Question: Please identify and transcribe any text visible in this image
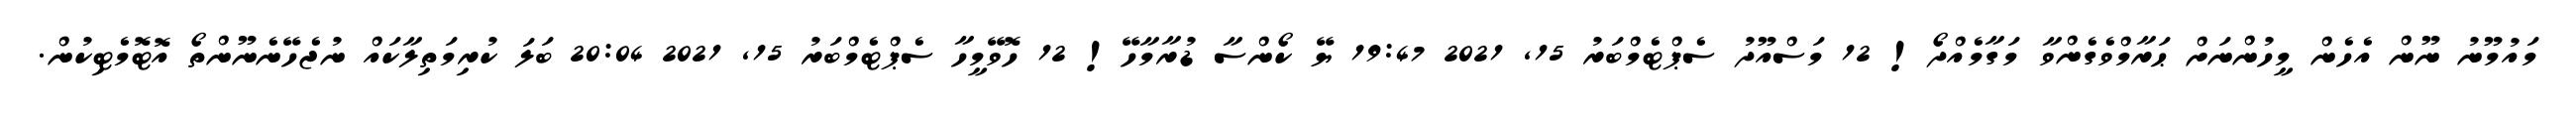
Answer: މައުމޫނު ނޫން އެހެން މީހުންނަށް ޙަރާމްވެގެންވާ މަގާމެއްދޯ! 12 މަސްއޫދު ސެޕްޓެމްބަރު 15, 2021 19:47 ޔޭ ކޯންސާ ޑުރާމާހޭ! 12 ހޮވޭމީހާ ސެޕްޓެމްބަރު 15, 2021 20:04 ބަލަ ކުރިމަތިލާކައް ނުޖެހޭނެނޫންތޯ އޮޓޮމެޓިކުން.